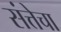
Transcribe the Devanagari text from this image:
संत्तेचा